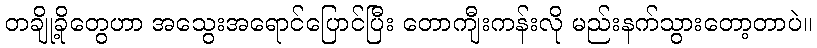
တချို့ခိုတွေဟာ အသွေးအရောင်ပြောင်ပြီး တောကျီးကန်းလို မည်းနက်သွားတော့တာပဲ။